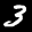
Label: 3